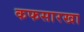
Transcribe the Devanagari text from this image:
कफसारखा